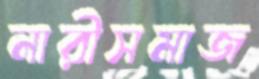
নারীসমাজ